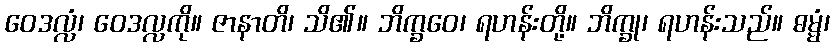
ဝေဒလ္လံ၊ ဝေဒလ္လကို။ ဇာနာတိ၊ သိ၏။ ဘိက္ခဝေ၊ ရဟန်းတို့။ ဘိက္ခု၊ ရဟန်းသည်။ ဓမ္မံ၊